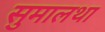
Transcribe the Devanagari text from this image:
सुमालथा